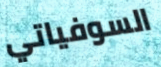
السوفياتي